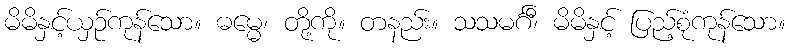
မိမိနှင့်ယှဉ်ကုန်သော။ ဓမ္မေ၊ တို့ကို။ တနည်း။ သသမင်္ဂီ၊ မိမိနှင့် ပြည့်စုံကုန်သော။